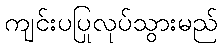
ကျင်းပပြုလုပ်သွားမည်